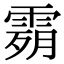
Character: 𩃴